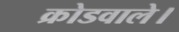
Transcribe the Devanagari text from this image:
क्रोडवाले।